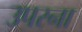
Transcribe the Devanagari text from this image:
उपरना